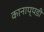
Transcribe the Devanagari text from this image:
कानाप्पडी